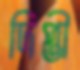
দিপ্তী